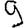
Digit: 9